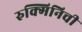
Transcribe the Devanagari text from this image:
रुक्मिनिची